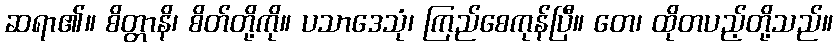
ဆရာ၏။ စိတ္တာနိ၊ စိတ်တို့ကို။ ပသာဒေသုံ၊ ကြည်စေကုန်ပြီ။ တေ၊ ထိုတပည့်တို့သည်။